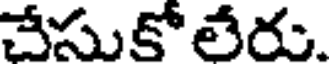
చేసుకోలేరు.